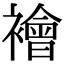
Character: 襘